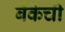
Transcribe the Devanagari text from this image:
बॅँकेची